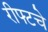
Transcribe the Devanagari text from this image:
रीफ्टचे